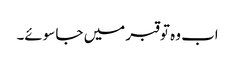
اب وہ تو قبر میں جا سوئے۔